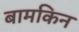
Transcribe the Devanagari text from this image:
बामकिन